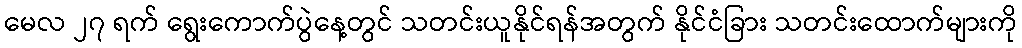
မေလ ၂၇ ရက် ရွေးကောက်ပွဲနေ့တွင် သတင်းယူနိုင်ရန်အတွက် နိုင်ငံခြား သတင်းထောက်များကို